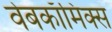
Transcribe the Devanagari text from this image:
वेबकाॅमिक्स